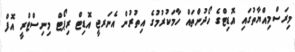
މިރަސްމިއްޔާތުގައި އޮޑިޓްގެ ހޯދުންތައް ހާމަކުރުމުގެ އިތުރުން އެނަރޖީ އޮޑިޓް ރިޕޯޓް މިނިސްޓްރީ އޮފް